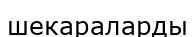
шекараларды